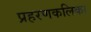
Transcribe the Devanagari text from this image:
प्रहरणकलिका